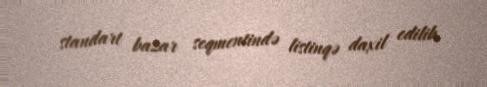
standart bazar seqmentində listinqə daxil edilib.